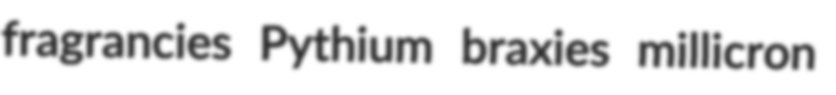
fragrancies Pythium braxies millicron